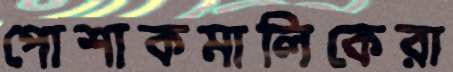
পোশাকমালিকেরা